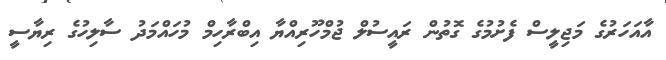
އާއަހަރުގެ މަޖިލީސް ފެށުމުގެ ގޮތުން ރައީސުލް ޖުމްހޫރިއްޔާ އިބްރާހިމް މުހައްމަދު ސާލިހުގެ ރިޔާސީ